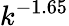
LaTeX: k^{-1.65}